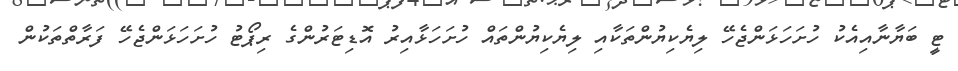
ޓީ ބަޔާނާއިއެކު ހުށަހަޅަންޖެހޭ ލިޔެކިޔުންތަކާއި ލިޔެކިޔުންތައް ހުށަހަޅާއިރު އޮޑިޓަރުންގެ ރިޕޯޓު ހުށަހަޅަންޖެހޭ ފަރާތްތަކުން